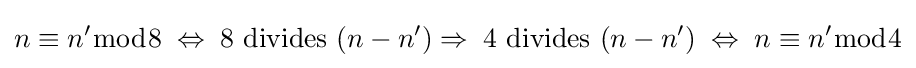
n\equiv n'{\bmod {8}}\;\Leftrightarrow \;8{\text{ divides }}(n-n')\Rightarrow \;4{\text{ divides }}(n-n')\;\Leftrightarrow \;n\equiv n'{\bmod {4}}